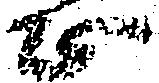
正